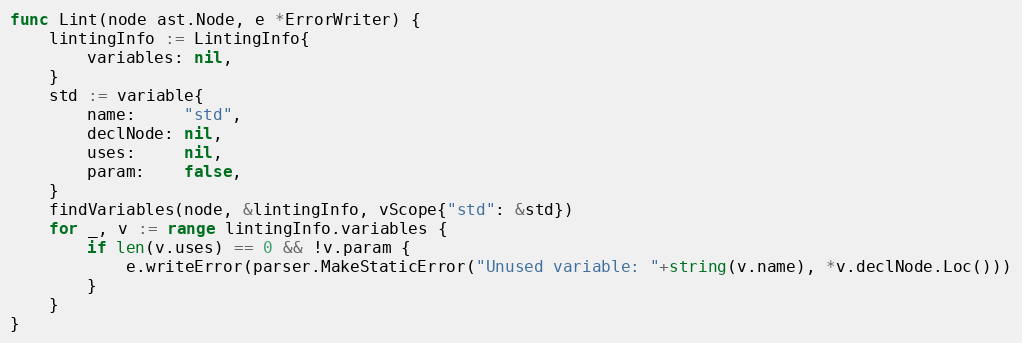
Language: Go
func Lint(node ast.Node, e *ErrorWriter) {
	lintingInfo := LintingInfo{
		variables: nil,
	}
	std := variable{
		name:     "std",
		declNode: nil,
		uses:     nil,
		param:    false,
	}
	findVariables(node, &lintingInfo, vScope{"std": &std})
	for _, v := range lintingInfo.variables {
		if len(v.uses) == 0 && !v.param {
			e.writeError(parser.MakeStaticError("Unused variable: "+string(v.name), *v.declNode.Loc()))
		}
	}
}